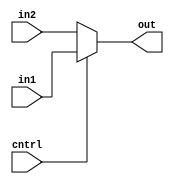
module mux(out, in1, in2, cntrl);
output [15:0]out;
input [15:0] in1, in2;
input cntrl;
always@(in1, in2, cntrl)
begin
	if(cntrl)	out = in1;
	else out = in2;	
end
endmodule